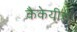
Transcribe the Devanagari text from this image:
कैकेयीचे